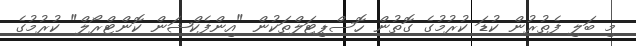
މި ބަލި ފެތުރުން ކުޑަ ކުރުމުގެ ގޮތުން ހޮސްޕިޓަލްތަކުން "އިންފެކްޝަން ކޮންޓްރޯލް" ކުރުމުގެ